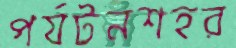
পর্যটনশহর